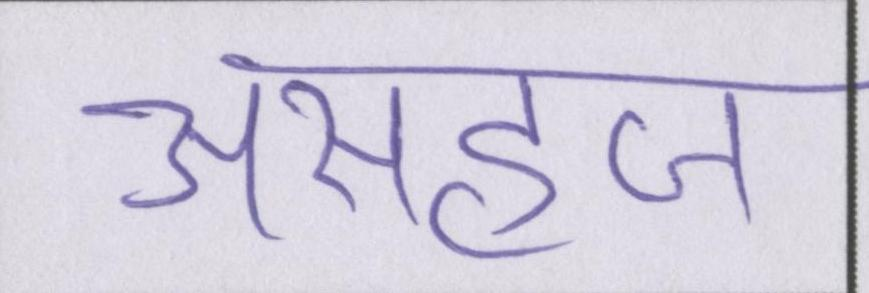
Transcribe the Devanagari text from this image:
असहज